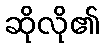
ဆိုလို၏